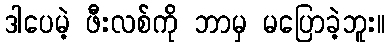
ဒါပေမဲ့ ဖီးလစ်ကို ဘာမှ မပြောခဲ့ဘူး။